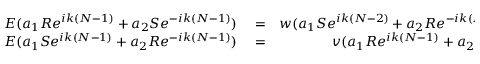
\begin{array} { r l r } { E ( a _ { 1 } R e ^ { i k ( N - 1 ) } + a _ { 2 } S e ^ { - i k ( N - 1 ) } ) } & { { } = } & { w ( a _ { 1 } S e ^ { i k ( N - 2 ) } + a _ { 2 } R e ^ { - i k ( N - 2 ) } ) + v ( a _ { 1 } S e ^ { i k ( N - 1 ) } + a _ { 2 } R e ^ { - i k ( N - 1 ) } ) . } \\ { E ( a _ { 1 } S e ^ { i k ( N - 1 ) } + a _ { 2 } R e ^ { - i k ( N - 1 ) } ) } & { { } = } & { v ( a _ { 1 } R e ^ { i k ( N - 1 ) } + a _ { 2 } S e ^ { - i k ( N - 1 ) } ) + w ( a _ { 1 } R e ^ { i k N } + a _ { 2 } S e ^ { - i k N } ) . } \end{array}